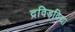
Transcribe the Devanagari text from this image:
द्रविड़विद्या